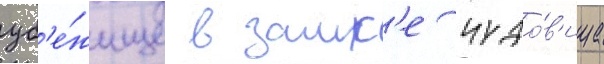
уб'е́жище в замк'е чудо́в'ища